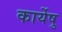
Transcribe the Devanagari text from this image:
कार्येषु